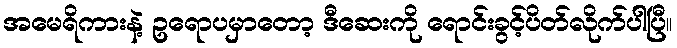
အမေရိကားနဲ့ ဥရောပမှာတော့ ဒီဆေးကို ရောင်းခွင့်ပိတ်လိုက်ပါပြီ။